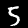
Label: 5